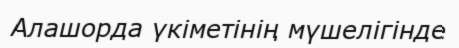
Алашорда үкіметінің мүшелігінде